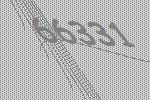
66331